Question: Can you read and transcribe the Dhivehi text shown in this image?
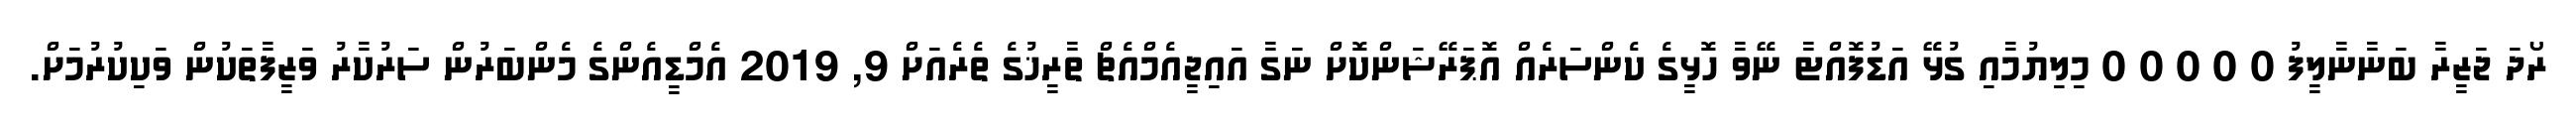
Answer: ރޯދަ ޖަޒީރާ ބަނާނާލީފު 0 0 0 0 0 މިލިޔުމާއި ގުޅޭ އަޑުފޮއްޓާ ނޭވާ ހޮޅީގެ ކެންސަރެއް އޮޕަރޭޝަންކޮށް ނަގާ އައިޖީއެމްއެޗް ތާރީޚުގެ ތެރެއަށް 9, 2019 އެމްޑީއެންގެ މެންބަރުން ސަރުކާރު ވަޒީފާތަކުން ވަކިކުރުމަށް.